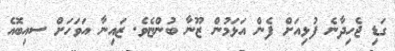
ގަޑި ޖެހިދާނެ ފުޅިއަށް ފެން އަޅަމުން ޒޫނާ ބުންޏެވެ. ޒައިނާ އަވަހަށް ސއިބޮއެ